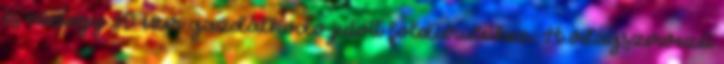
és mintegy 30 ezer gazdálkodó jutott földterülethez. A világszervezet